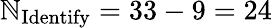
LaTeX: \mathbb{N}_{\mathrm{{Identify}}}=33-9=24